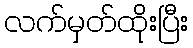
လက်မှတ်ထိုးပြီး